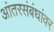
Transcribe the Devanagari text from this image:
आंतरसंबंधांवर